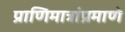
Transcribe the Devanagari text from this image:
प्राणिमात्रांप्रमाणे